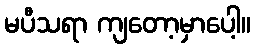
မပီသရာ ကျတော့မှာပေါ့။